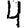
Digit: 4